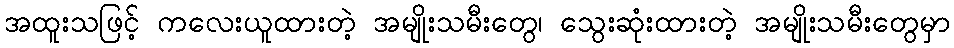
အထူးသဖြင့် ကလေးယူထားတဲ့ အမျိုးသမီးတွေ၊ သွေးဆုံးထားတဲ့ အမျိုးသမီးတွေမှာ